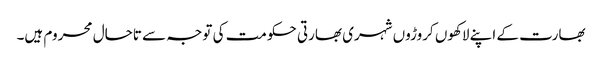
بھارت کے اپنے لاکھوں کروڑوں شہری بھارتی حکومت کی توجہ سے تاحال محروم ہیں۔